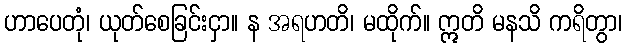
ဟာပေတုံ၊ ယုတ်စေခြင်းငှာ။ န အရဟတိ၊ မထိုက်။ ဣတိ မနသိ ကရိတွာ၊